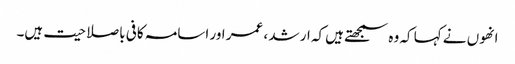
انھوں نے کہا کہ وہ سمجھتے ہیں کہ ارشد ، عمر اور اسامہ کافی باصلاحیت ہیں۔